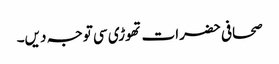
صحافی حضرات تھوڑی سی توجہ دیں۔